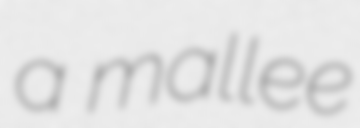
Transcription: a mallee